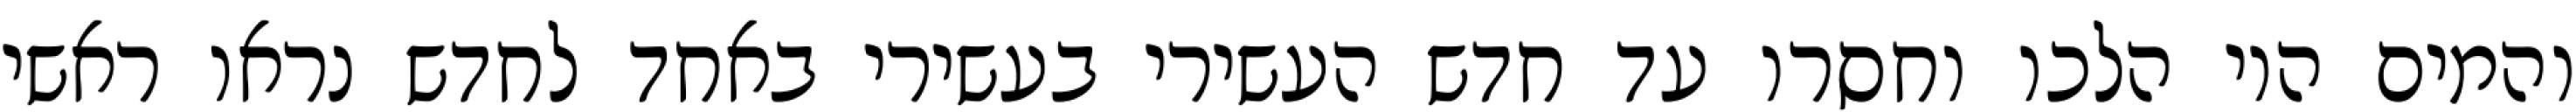
והמים היו הלכו וחסרו עד חדש העשירי בעשירי באחד לחדש נראו ראשי